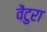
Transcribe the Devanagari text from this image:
वेंटुरा